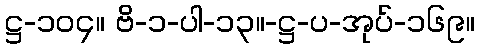
ဋ္ဌ-၁၀၄။ ဗိ-၁-ပါ-၁၃။-ဋ္ဌ-ပ-အုပ်-၁၆၉။